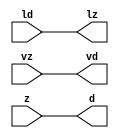
// ================================================================
// NVDLA Open Source Project
//
// Copyright(c) 2016 - 2017 NVIDIA Corporation. Licensed under the
// NVDLA Open Hardware License; Check "LICENSE" which comes with
// this distribution for more information.
// ================================================================
module FP17_TO_FP32_mgc_in_wire_wait_v1 (ld, vd, d, lz, vz, z);
  parameter integer rscid = 1;
  parameter integer width = 8;
  input ld;
  output vd;
  output [width-1:0] d;
  output lz;
  input vz;
  input [width-1:0] z;
  wire vd;
  wire [width-1:0] d;
  wire lz;
  assign d = z;
  assign lz = ld;
  assign vd = vz;
endmodule
//------> /home/tools/calypto/catapult-10.0-264918/Mgc_home/pkgs/siflibs/FP17_TO_FP32_mgc_out_stdreg_wait_v1.v
//------------------------------------------------------------------------------
// Catapult Synthesis - Sample I/O Port Library
//
// Copyright (c) 2003-2015 Mentor Graphics Corp.
// All Rights Reserved
//
// This document may be used and distributed without restriction provided that
// this copyright statement is not removed from the file and that any derivative
// work contains this copyright notice.
//
// The design information contained in this file is intended to be an example
// of the functionality which the end user may study in preparation for creating
// their own custom interfaces. This design does not necessarily present a
// complete implementation of the named protocol or standard.
//
//------------------------------------------------------------------------------
module FP17_TO_FP32_mgc_out_stdreg_wait_v1 (ld, vd, d, lz, vz, z);
  parameter integer rscid = 1;
  parameter integer width = 8;
  input ld;
  output vd;
  input [width-1:0] d;
  output lz;
  input vz;
  output [width-1:0] z;
  wire vd;
  wire lz;
  wire [width-1:0] z;
  assign z = d;
  assign lz = ld;
  assign vd = vz;
endmodule
//------> ./rtl.v
// ----------------------------------------------------------------------
// HLS HDL: Verilog Netlister
// HLS Version: 10.0/264918 Production Release
// HLS Date: Mon Aug 8 13:35:54 PDT 2016
//
// Generated by: ezhang@hk-sim-10-084
// Generated date: Mon Mar 20 14:09:21 2017
// ----------------------------------------------------------------------
//
// ------------------------------------------------------------------
// Design Unit: FP17_TO_FP32_chn_o_rsci_unreg
// ------------------------------------------------------------------
module FP17_TO_FP32_chn_o_rsci_unreg (
  in_0, outsig
);
  input in_0;
  output outsig;
// Interconnect Declarations for Component Instantiations
  assign outsig = in_0;
endmodule
// ------------------------------------------------------------------
// Design Unit: FP17_TO_FP32_chn_a_rsci_unreg
// ------------------------------------------------------------------
module FP17_TO_FP32_chn_a_rsci_unreg (
  in_0, outsig
);
  input in_0;
  output outsig;
// Interconnect Declarations for Component Instantiations
  assign outsig = in_0;
endmodule
// ------------------------------------------------------------------
// Design Unit: HLS_fp17_to_fp32_core_core_fsm
// FSM Module
// ------------------------------------------------------------------
module HLS_fp17_to_fp32_core_core_fsm (
  nvdla_core_clk, nvdla_core_rstn, core_wen, fsm_output
);
  input nvdla_core_clk;
  input nvdla_core_rstn;
  input core_wen;
  output [1:0] fsm_output;
  reg [1:0] fsm_output;
// FSM State Type Declaration for HLS_fp17_to_fp32_core_core_fsm_1
  parameter
    core_rlp_C_0 = 1'd0,
    main_C_0 = 1'd1;
  reg [0:0] state_var;
  reg [0:0] state_var_NS;
// Interconnect Declarations for Component Instantiations
  always @(*)
  begin : HLS_fp17_to_fp32_core_core_fsm_1
    case (state_var)
      main_C_0 : begin
        fsm_output = 2'b10;
        state_var_NS = main_C_0;
      end
// core_rlp_C_0
      default : begin
        fsm_output = 2'b1;
        state_var_NS = main_C_0;
      end
    endcase
  end
  always @(posedge nvdla_core_clk or negedge nvdla_core_rstn) begin
    if ( ~ nvdla_core_rstn ) begin
      state_var <= core_rlp_C_0;
    end
    else if ( core_wen ) begin
      state_var <= state_var_NS;
    end
  end
endmodule
// ------------------------------------------------------------------
// Design Unit: HLS_fp17_to_fp32_core_staller
// ------------------------------------------------------------------
module HLS_fp17_to_fp32_core_staller (
  nvdla_core_clk, nvdla_core_rstn, core_wen, chn_a_rsci_wen_comp, core_wten, chn_o_rsci_wen_comp
);
  input nvdla_core_clk;
  input nvdla_core_rstn;
  output core_wen;
  input chn_a_rsci_wen_comp;
  output core_wten;
  reg core_wten;
  input chn_o_rsci_wen_comp;
// Interconnect Declarations for Component Instantiations
  assign core_wen = chn_a_rsci_wen_comp & chn_o_rsci_wen_comp;
  always @(posedge nvdla_core_clk or negedge nvdla_core_rstn) begin
    if ( ~ nvdla_core_rstn ) begin
      core_wten <= 1'b0;
    end
    else begin
      core_wten <= ~ core_wen;
    end
  end
endmodule
// ------------------------------------------------------------------
// Design Unit: HLS_fp17_to_fp32_core_chn_o_rsci_chn_o_wait_dp
// ------------------------------------------------------------------
module HLS_fp17_to_fp32_core_chn_o_rsci_chn_o_wait_dp (
  nvdla_core_clk, nvdla_core_rstn, chn_o_rsci_oswt, chn_o_rsci_bawt, chn_o_rsci_wen_comp,
      chn_o_rsci_biwt, chn_o_rsci_bdwt
);
  input nvdla_core_clk;
  input nvdla_core_rstn;
  input chn_o_rsci_oswt;
  output chn_o_rsci_bawt;
  output chn_o_rsci_wen_comp;
  input chn_o_rsci_biwt;
  input chn_o_rsci_bdwt;
// Interconnect Declarations
  reg chn_o_rsci_bcwt;
// Interconnect Declarations for Component Instantiations
  assign chn_o_rsci_bawt = chn_o_rsci_biwt | chn_o_rsci_bcwt;
  assign chn_o_rsci_wen_comp = (~ chn_o_rsci_oswt) | chn_o_rsci_bawt;
  always @(posedge nvdla_core_clk or negedge nvdla_core_rstn) begin
    if ( ~ nvdla_core_rstn ) begin
      chn_o_rsci_bcwt <= 1'b0;
    end
    else begin
      chn_o_rsci_bcwt <= ~((~(chn_o_rsci_bcwt | chn_o_rsci_biwt)) | chn_o_rsci_bdwt);
    end
  end
endmodule
// ------------------------------------------------------------------
// Design Unit: HLS_fp17_to_fp32_core_chn_o_rsci_chn_o_wait_ctrl
// ------------------------------------------------------------------
module HLS_fp17_to_fp32_core_chn_o_rsci_chn_o_wait_ctrl (
  nvdla_core_clk, nvdla_core_rstn, chn_o_rsci_oswt, core_wen, core_wten, chn_o_rsci_iswt0,
      chn_o_rsci_ld_core_psct, chn_o_rsci_biwt, chn_o_rsci_bdwt, chn_o_rsci_ld_core_sct,
      chn_o_rsci_vd
);
  input nvdla_core_clk;
  input nvdla_core_rstn;
  input chn_o_rsci_oswt;
  input core_wen;
  input core_wten;
  input chn_o_rsci_iswt0;
  input chn_o_rsci_ld_core_psct;
  output chn_o_rsci_biwt;
  output chn_o_rsci_bdwt;
  output chn_o_rsci_ld_core_sct;
  input chn_o_rsci_vd;
// Interconnect Declarations
  wire chn_o_rsci_ogwt;
  wire chn_o_rsci_pdswt0;
  reg chn_o_rsci_icwt;
// Interconnect Declarations for Component Instantiations
  assign chn_o_rsci_pdswt0 = (~ core_wten) & chn_o_rsci_iswt0;
  assign chn_o_rsci_biwt = chn_o_rsci_ogwt & chn_o_rsci_vd;
  assign chn_o_rsci_ogwt = chn_o_rsci_pdswt0 | chn_o_rsci_icwt;
  assign chn_o_rsci_bdwt = chn_o_rsci_oswt & core_wen;
  assign chn_o_rsci_ld_core_sct = chn_o_rsci_ld_core_psct & chn_o_rsci_ogwt;
  always @(posedge nvdla_core_clk or negedge nvdla_core_rstn) begin
    if ( ~ nvdla_core_rstn ) begin
      chn_o_rsci_icwt <= 1'b0;
    end
    else begin
      chn_o_rsci_icwt <= ~((~(chn_o_rsci_icwt | chn_o_rsci_pdswt0)) | chn_o_rsci_biwt);
    end
  end
endmodule
// ------------------------------------------------------------------
// Design Unit: HLS_fp17_to_fp32_core_chn_a_rsci_chn_a_wait_dp
// ------------------------------------------------------------------
module HLS_fp17_to_fp32_core_chn_a_rsci_chn_a_wait_dp (
  nvdla_core_clk, nvdla_core_rstn, chn_a_rsci_oswt, chn_a_rsci_bawt, chn_a_rsci_wen_comp,
      chn_a_rsci_d_mxwt, chn_a_rsci_biwt, chn_a_rsci_bdwt, chn_a_rsci_d
);
  input nvdla_core_clk;
  input nvdla_core_rstn;
  input chn_a_rsci_oswt;
  output chn_a_rsci_bawt;
  output chn_a_rsci_wen_comp;
  output [16:0] chn_a_rsci_d_mxwt;
  input chn_a_rsci_biwt;
  input chn_a_rsci_bdwt;
  input [16:0] chn_a_rsci_d;
// Interconnect Declarations
  reg chn_a_rsci_bcwt;
  reg [16:0] chn_a_rsci_d_bfwt;
// Interconnect Declarations for Component Instantiations
  assign chn_a_rsci_bawt = chn_a_rsci_biwt | chn_a_rsci_bcwt;
  assign chn_a_rsci_wen_comp = (~ chn_a_rsci_oswt) | chn_a_rsci_bawt;
  assign chn_a_rsci_d_mxwt = MUX_v_17_2_2(chn_a_rsci_d, chn_a_rsci_d_bfwt, chn_a_rsci_bcwt);
  always @(posedge nvdla_core_clk or negedge nvdla_core_rstn) begin
    if ( ~ nvdla_core_rstn ) begin
      chn_a_rsci_bcwt <= 1'b0;
      chn_a_rsci_d_bfwt <= 17'b0;
    end
    else begin
      chn_a_rsci_bcwt <= ~((~(chn_a_rsci_bcwt | chn_a_rsci_biwt)) | chn_a_rsci_bdwt);
      chn_a_rsci_d_bfwt <= chn_a_rsci_d_mxwt;
    end
  end
  function [16:0] MUX_v_17_2_2;
    input [16:0] input_0;
    input [16:0] input_1;
    input [0:0] sel;
    reg [16:0] result;
  begin
    case (sel)
      1'b0 : begin
        result = input_0;
      end
      default : begin
        result = input_1;
      end
    endcase
    MUX_v_17_2_2 = result;
  end
  endfunction
endmodule
// ------------------------------------------------------------------
// Design Unit: HLS_fp17_to_fp32_core_chn_a_rsci_chn_a_wait_ctrl
// ------------------------------------------------------------------
module HLS_fp17_to_fp32_core_chn_a_rsci_chn_a_wait_ctrl (
  nvdla_core_clk, nvdla_core_rstn, chn_a_rsci_oswt, core_wen, chn_a_rsci_iswt0, chn_a_rsci_ld_core_psct,
      core_wten, chn_a_rsci_biwt, chn_a_rsci_bdwt, chn_a_rsci_ld_core_sct, chn_a_rsci_vd
);
  input nvdla_core_clk;
  input nvdla_core_rstn;
  input chn_a_rsci_oswt;
  input core_wen;
  input chn_a_rsci_iswt0;
  input chn_a_rsci_ld_core_psct;
  input core_wten;
  output chn_a_rsci_biwt;
  output chn_a_rsci_bdwt;
  output chn_a_rsci_ld_core_sct;
  input chn_a_rsci_vd;
// Interconnect Declarations
  wire chn_a_rsci_ogwt;
  wire chn_a_rsci_pdswt0;
  reg chn_a_rsci_icwt;
// Interconnect Declarations for Component Instantiations
  assign chn_a_rsci_pdswt0 = (~ core_wten) & chn_a_rsci_iswt0;
  assign chn_a_rsci_biwt = chn_a_rsci_ogwt & chn_a_rsci_vd;
  assign chn_a_rsci_ogwt = chn_a_rsci_pdswt0 | chn_a_rsci_icwt;
  assign chn_a_rsci_bdwt = chn_a_rsci_oswt & core_wen;
  assign chn_a_rsci_ld_core_sct = chn_a_rsci_ld_core_psct & chn_a_rsci_ogwt;
  always @(posedge nvdla_core_clk or negedge nvdla_core_rstn) begin
    if ( ~ nvdla_core_rstn ) begin
      chn_a_rsci_icwt <= 1'b0;
    end
    else begin
      chn_a_rsci_icwt <= ~((~(chn_a_rsci_icwt | chn_a_rsci_pdswt0)) | chn_a_rsci_biwt);
    end
  end
endmodule
// ------------------------------------------------------------------
// Design Unit: HLS_fp17_to_fp32_core_chn_o_rsci
// ------------------------------------------------------------------
module HLS_fp17_to_fp32_core_chn_o_rsci (
  nvdla_core_clk, nvdla_core_rstn, chn_o_rsc_z, chn_o_rsc_vz, chn_o_rsc_lz, chn_o_rsci_oswt,
      core_wen, core_wten, chn_o_rsci_iswt0, chn_o_rsci_bawt, chn_o_rsci_wen_comp,
      chn_o_rsci_ld_core_psct, chn_o_rsci_d
);
  input nvdla_core_clk;
  input nvdla_core_rstn;
  output [31:0] chn_o_rsc_z;
  input chn_o_rsc_vz;
  output chn_o_rsc_lz;
  input chn_o_rsci_oswt;
  input core_wen;
  input core_wten;
  input chn_o_rsci_iswt0;
  output chn_o_rsci_bawt;
  output chn_o_rsci_wen_comp;
  input chn_o_rsci_ld_core_psct;
  input [31:0] chn_o_rsci_d;
// Interconnect Declarations
  wire chn_o_rsci_biwt;
  wire chn_o_rsci_bdwt;
  wire chn_o_rsci_ld_core_sct;
  wire chn_o_rsci_vd;
// Interconnect Declarations for Component Instantiations
  FP17_TO_FP32_mgc_out_stdreg_wait_v1 #(.rscid(32'sd2),
  .width(32'sd32)) chn_o_rsci (
      .ld(chn_o_rsci_ld_core_sct),
      .vd(chn_o_rsci_vd),
      .d(chn_o_rsci_d),
      .lz(chn_o_rsc_lz),
      .vz(chn_o_rsc_vz),
      .z(chn_o_rsc_z)
    );
  HLS_fp17_to_fp32_core_chn_o_rsci_chn_o_wait_ctrl HLS_fp17_to_fp32_core_chn_o_rsci_chn_o_wait_ctrl_inst
      (
      .nvdla_core_clk(nvdla_core_clk),
      .nvdla_core_rstn(nvdla_core_rstn),
      .chn_o_rsci_oswt(chn_o_rsci_oswt),
      .core_wen(core_wen),
      .core_wten(core_wten),
      .chn_o_rsci_iswt0(chn_o_rsci_iswt0),
      .chn_o_rsci_ld_core_psct(chn_o_rsci_ld_core_psct),
      .chn_o_rsci_biwt(chn_o_rsci_biwt),
      .chn_o_rsci_bdwt(chn_o_rsci_bdwt),
      .chn_o_rsci_ld_core_sct(chn_o_rsci_ld_core_sct),
      .chn_o_rsci_vd(chn_o_rsci_vd)
    );
  HLS_fp17_to_fp32_core_chn_o_rsci_chn_o_wait_dp HLS_fp17_to_fp32_core_chn_o_rsci_chn_o_wait_dp_inst
      (
      .nvdla_core_clk(nvdla_core_clk),
      .nvdla_core_rstn(nvdla_core_rstn),
      .chn_o_rsci_oswt(chn_o_rsci_oswt),
      .chn_o_rsci_bawt(chn_o_rsci_bawt),
      .chn_o_rsci_wen_comp(chn_o_rsci_wen_comp),
      .chn_o_rsci_biwt(chn_o_rsci_biwt),
      .chn_o_rsci_bdwt(chn_o_rsci_bdwt)
    );
endmodule
// ------------------------------------------------------------------
// Design Unit: HLS_fp17_to_fp32_core_chn_a_rsci
// ------------------------------------------------------------------
module HLS_fp17_to_fp32_core_chn_a_rsci (
  nvdla_core_clk, nvdla_core_rstn, chn_a_rsc_z, chn_a_rsc_vz, chn_a_rsc_lz, chn_a_rsci_oswt,
      core_wen, chn_a_rsci_iswt0, chn_a_rsci_bawt, chn_a_rsci_wen_comp, chn_a_rsci_ld_core_psct,
      chn_a_rsci_d_mxwt, core_wten
);
  input nvdla_core_clk;
  input nvdla_core_rstn;
  input [16:0] chn_a_rsc_z;
  input chn_a_rsc_vz;
  output chn_a_rsc_lz;
  input chn_a_rsci_oswt;
  input core_wen;
  input chn_a_rsci_iswt0;
  output chn_a_rsci_bawt;
  output chn_a_rsci_wen_comp;
  input chn_a_rsci_ld_core_psct;
  output [16:0] chn_a_rsci_d_mxwt;
  input core_wten;
// Interconnect Declarations
  wire chn_a_rsci_biwt;
  wire chn_a_rsci_bdwt;
  wire chn_a_rsci_ld_core_sct;
  wire chn_a_rsci_vd;
  wire [16:0] chn_a_rsci_d;
// Interconnect Declarations for Component Instantiations
  FP17_TO_FP32_mgc_in_wire_wait_v1 #(.rscid(32'sd1),
  .width(32'sd17)) chn_a_rsci (
      .ld(chn_a_rsci_ld_core_sct),
      .vd(chn_a_rsci_vd),
      .d(chn_a_rsci_d),
      .lz(chn_a_rsc_lz),
      .vz(chn_a_rsc_vz),
      .z(chn_a_rsc_z)
    );
  HLS_fp17_to_fp32_core_chn_a_rsci_chn_a_wait_ctrl HLS_fp17_to_fp32_core_chn_a_rsci_chn_a_wait_ctrl_inst
      (
      .nvdla_core_clk(nvdla_core_clk),
      .nvdla_core_rstn(nvdla_core_rstn),
      .chn_a_rsci_oswt(chn_a_rsci_oswt),
      .core_wen(core_wen),
      .chn_a_rsci_iswt0(chn_a_rsci_iswt0),
      .chn_a_rsci_ld_core_psct(chn_a_rsci_ld_core_psct),
      .core_wten(core_wten),
      .chn_a_rsci_biwt(chn_a_rsci_biwt),
      .chn_a_rsci_bdwt(chn_a_rsci_bdwt),
      .chn_a_rsci_ld_core_sct(chn_a_rsci_ld_core_sct),
      .chn_a_rsci_vd(chn_a_rsci_vd)
    );
  HLS_fp17_to_fp32_core_chn_a_rsci_chn_a_wait_dp HLS_fp17_to_fp32_core_chn_a_rsci_chn_a_wait_dp_inst
      (
      .nvdla_core_clk(nvdla_core_clk),
      .nvdla_core_rstn(nvdla_core_rstn),
      .chn_a_rsci_oswt(chn_a_rsci_oswt),
      .chn_a_rsci_bawt(chn_a_rsci_bawt),
      .chn_a_rsci_wen_comp(chn_a_rsci_wen_comp),
      .chn_a_rsci_d_mxwt(chn_a_rsci_d_mxwt),
      .chn_a_rsci_biwt(chn_a_rsci_biwt),
      .chn_a_rsci_bdwt(chn_a_rsci_bdwt),
      .chn_a_rsci_d(chn_a_rsci_d)
    );
endmodule
// ------------------------------------------------------------------
// Design Unit: HLS_fp17_to_fp32_core
// ------------------------------------------------------------------
module HLS_fp17_to_fp32_core (
  nvdla_core_clk, nvdla_core_rstn, chn_a_rsc_z, chn_a_rsc_vz, chn_a_rsc_lz, chn_o_rsc_z,
      chn_o_rsc_vz, chn_o_rsc_lz, chn_a_rsci_oswt, chn_a_rsci_oswt_unreg, chn_o_rsci_oswt,
      chn_o_rsci_oswt_unreg
);
  input nvdla_core_clk;
  input nvdla_core_rstn;
  input [16:0] chn_a_rsc_z;
  input chn_a_rsc_vz;
  output chn_a_rsc_lz;
  output [31:0] chn_o_rsc_z;
  input chn_o_rsc_vz;
  output chn_o_rsc_lz;
  input chn_a_rsci_oswt;
  output chn_a_rsci_oswt_unreg;
  input chn_o_rsci_oswt;
  output chn_o_rsci_oswt_unreg;
// Interconnect Declarations
  wire core_wen;
  reg chn_a_rsci_iswt0;
  wire chn_a_rsci_bawt;
  wire chn_a_rsci_wen_comp;
  reg chn_a_rsci_ld_core_psct;
  wire [16:0] chn_a_rsci_d_mxwt;
  wire core_wten;
  wire chn_o_rsci_bawt;
  wire chn_o_rsci_wen_comp;
  reg chn_o_rsci_d_31;
  reg [2:0] chn_o_rsci_d_30_28;
  reg [4:0] chn_o_rsci_d_27_23;
  reg [9:0] chn_o_rsci_d_22_13;
  reg [9:0] chn_o_rsci_d_9_0;
  reg chn_o_rsci_d_10;
  wire [1:0] fsm_output;
  wire IsNaN_6U_23U_nor_tmp;
  wire and_dcpl_2;
  wire or_dcpl_3;
  wire and_dcpl_7;
  wire and_dcpl_11;
  wire or_dcpl_9;
  wire and_dcpl_25;
  wire or_tmp_18;
  wire and_46_cse;
  wire and_48_cse;
  wire and_4_mdf;
  wire IsNaN_6U_23U_IsNaN_6U_23U_nand_cse;
  wire [9:0] FpMantWidthInc_6U_10U_23U_0U_1U_o_mant_22_13_lpi_1_dfm;
  wire [9:0] FpMantWidthInc_6U_10U_23U_0U_1U_o_mant_9_0_lpi_1_dfm;
  wire chn_o_and_4_cse;
  reg reg_chn_o_rsci_iswt0_cse;
  reg reg_chn_o_rsci_ld_core_psct_cse;
  wire or_cse;
  wire chn_o_rsci_d_9_0_mx0c1;
  wire IsInf_6U_23U_land_lpi_1_dfm_mx1w0;
  wire HLS_fp17_to_fp32_core_nvdla_float_h_ln477_assert_iExpoWidth_le_oExpoWidth_sig_mx0;
  wire chn_a_rsci_ld_core_psct_mx0c0;
  wire IsNaN_6U_23U_land_lpi_1_dfm;
  wire[0:0] iExpoWidth_oExpoWidth_prb;
  wire[0:0] iMantWidth_oMantWidth_prb;
  wire[0:0] iMantWidth_oMantWidth_prb_1;
  wire[0:0] iExpoWidth_oExpoWidth_prb_1;
  wire[0:0] nand_11_nl;
  wire[0:0] nand_10_nl;
  wire[4:0] FpExpoWidthInc_6U_8U_23U_0U_1U_mux_5_nl;
  wire[2:0] FpExpoWidthInc_6U_8U_23U_0U_1U_FpExpoWidthInc_6U_8U_23U_0U_1U_and_nl;
  wire[2:0] FpExpoWidthInc_6U_8U_23U_0U_1U_else_acc_nl;
  wire[3:0] nl_FpExpoWidthInc_6U_8U_23U_0U_1U_else_acc_nl;
  wire[0:0] IsZero_6U_23U_aelse_IsZero_6U_23U_or_nl;
  wire[0:0] and_6_nl;
  wire[0:0] IsNaN_6U_23U_aelse_not_2_nl;
// Interconnect Declarations for Component Instantiations
  wire [31:0] nl_HLS_fp17_to_fp32_core_chn_o_rsci_inst_chn_o_rsci_d;
  assign nl_HLS_fp17_to_fp32_core_chn_o_rsci_inst_chn_o_rsci_d = {chn_o_rsci_d_31
      , chn_o_rsci_d_30_28 , chn_o_rsci_d_27_23 , chn_o_rsci_d_22_13 , ({{2{chn_o_rsci_d_10}},
      chn_o_rsci_d_10}) , chn_o_rsci_d_9_0};
  HLS_fp17_to_fp32_core_chn_a_rsci HLS_fp17_to_fp32_core_chn_a_rsci_inst (
      .nvdla_core_clk(nvdla_core_clk),
      .nvdla_core_rstn(nvdla_core_rstn),
      .chn_a_rsc_z(chn_a_rsc_z),
      .chn_a_rsc_vz(chn_a_rsc_vz),
      .chn_a_rsc_lz(chn_a_rsc_lz),
      .chn_a_rsci_oswt(chn_a_rsci_oswt),
      .core_wen(core_wen),
      .chn_a_rsci_iswt0(chn_a_rsci_iswt0),
      .chn_a_rsci_bawt(chn_a_rsci_bawt),
      .chn_a_rsci_wen_comp(chn_a_rsci_wen_comp),
      .chn_a_rsci_ld_core_psct(chn_a_rsci_ld_core_psct),
      .chn_a_rsci_d_mxwt(chn_a_rsci_d_mxwt),
      .core_wten(core_wten)
    );
  HLS_fp17_to_fp32_core_chn_o_rsci HLS_fp17_to_fp32_core_chn_o_rsci_inst (
      .nvdla_core_clk(nvdla_core_clk),
      .nvdla_core_rstn(nvdla_core_rstn),
      .chn_o_rsc_z(chn_o_rsc_z),
      .chn_o_rsc_vz(chn_o_rsc_vz),
      .chn_o_rsc_lz(chn_o_rsc_lz),
      .chn_o_rsci_oswt(chn_o_rsci_oswt),
      .core_wen(core_wen),
      .core_wten(core_wten),
      .chn_o_rsci_iswt0(reg_chn_o_rsci_iswt0_cse),
      .chn_o_rsci_bawt(chn_o_rsci_bawt),
      .chn_o_rsci_wen_comp(chn_o_rsci_wen_comp),
      .chn_o_rsci_ld_core_psct(reg_chn_o_rsci_ld_core_psct_cse),
      .chn_o_rsci_d(nl_HLS_fp17_to_fp32_core_chn_o_rsci_inst_chn_o_rsci_d[31:0])
    );
  HLS_fp17_to_fp32_core_staller HLS_fp17_to_fp32_core_staller_inst (
      .nvdla_core_clk(nvdla_core_clk),
      .nvdla_core_rstn(nvdla_core_rstn),
      .core_wen(core_wen),
      .chn_a_rsci_wen_comp(chn_a_rsci_wen_comp),
      .core_wten(core_wten),
      .chn_o_rsci_wen_comp(chn_o_rsci_wen_comp)
    );
  HLS_fp17_to_fp32_core_core_fsm HLS_fp17_to_fp32_core_core_fsm_inst (
      .nvdla_core_clk(nvdla_core_clk),
      .nvdla_core_rstn(nvdla_core_rstn),
      .core_wen(core_wen),
      .fsm_output(fsm_output)
    );
  assign iExpoWidth_oExpoWidth_prb = HLS_fp17_to_fp32_core_nvdla_float_h_ln477_assert_iExpoWidth_le_oExpoWidth_sig_mx0;
// assert(iExpoWidth <= oExpoWidth) - ../include/nvdla_float.h: line 596
// PSL HLS_fp17_to_fp32_core_nvdla_float_h_ln596_assert_iExpoWidth_le_oExpoWidth : assert { iExpoWidth_oExpoWidth_prb } @rose(nvdla_core_clk);
  assign iMantWidth_oMantWidth_prb = HLS_fp17_to_fp32_core_nvdla_float_h_ln477_assert_iExpoWidth_le_oExpoWidth_sig_mx0;
// assert(iMantWidth <= oMantWidth) - ../include/nvdla_float.h: line 597
// PSL HLS_fp17_to_fp32_core_nvdla_float_h_ln597_assert_iMantWidth_le_oMantWidth : assert { iMantWidth_oMantWidth_prb } @rose(nvdla_core_clk);
  assign iMantWidth_oMantWidth_prb_1 = HLS_fp17_to_fp32_core_nvdla_float_h_ln477_assert_iExpoWidth_le_oExpoWidth_sig_mx0;
// assert(iMantWidth <= oMantWidth) - ../include/nvdla_float.h: line 550
// PSL HLS_fp17_to_fp32_core_nvdla_float_h_ln550_assert_iMantWidth_le_oMantWidth : assert { iMantWidth_oMantWidth_prb_1 } @rose(nvdla_core_clk);
  assign iExpoWidth_oExpoWidth_prb_1 = HLS_fp17_to_fp32_core_nvdla_float_h_ln477_assert_iExpoWidth_le_oExpoWidth_sig_mx0;
// assert(iExpoWidth <= oExpoWidth) - ../include/nvdla_float.h: line 477
// PSL HLS_fp17_to_fp32_core_nvdla_float_h_ln477_assert_iExpoWidth_le_oExpoWidth : assert { iExpoWidth_oExpoWidth_prb_1 } @rose(nvdla_core_clk);
  assign chn_o_and_4_cse = core_wen & (~(or_dcpl_3 | (fsm_output[0])));
  assign and_6_nl = and_4_mdf & (fsm_output[1]);
  assign HLS_fp17_to_fp32_core_nvdla_float_h_ln477_assert_iExpoWidth_le_oExpoWidth_sig_mx0
      = MUX_s_1_2_2((MUX1HOT_s_1_1_2(1'b1, fsm_output[0])), (MUX1HOT_s_1_1_2(1'b1,
      and_6_nl)), fsm_output[1]);
  assign IsInf_6U_23U_land_lpi_1_dfm_mx1w0 = ~((FpMantWidthInc_6U_10U_23U_0U_1U_o_mant_22_13_lpi_1_dfm!=10'b0000000000)
      | (FpMantWidthInc_6U_10U_23U_0U_1U_o_mant_9_0_lpi_1_dfm!=10'b0000000000) |
      IsNaN_6U_23U_IsNaN_6U_23U_nand_cse);
  assign FpMantWidthInc_6U_10U_23U_0U_1U_o_mant_9_0_lpi_1_dfm = MUX_v_10_2_2(10'b0000000000,
      (chn_a_rsci_d_mxwt[9:0]), IsNaN_6U_23U_land_lpi_1_dfm);
  assign IsNaN_6U_23U_nor_tmp = ~((chn_a_rsci_d_mxwt[9:0]!=10'b0000000000));
  assign IsNaN_6U_23U_land_lpi_1_dfm = ~(IsNaN_6U_23U_nor_tmp | IsNaN_6U_23U_IsNaN_6U_23U_nand_cse);
  assign IsNaN_6U_23U_aelse_not_2_nl = ~ IsNaN_6U_23U_land_lpi_1_dfm;
  assign FpMantWidthInc_6U_10U_23U_0U_1U_o_mant_22_13_lpi_1_dfm = MUX_v_10_2_2(10'b0000000000,
      (chn_a_rsci_d_mxwt[9:0]), (IsNaN_6U_23U_aelse_not_2_nl));
  assign IsNaN_6U_23U_IsNaN_6U_23U_nand_cse = ~((chn_a_rsci_d_mxwt[15:10]==6'b111111));
  assign or_cse = chn_o_rsci_bawt | (~ reg_chn_o_rsci_ld_core_psct_cse);
  assign and_4_mdf = chn_a_rsci_bawt & or_cse;
  assign and_dcpl_2 = chn_o_rsci_bawt & reg_chn_o_rsci_ld_core_psct_cse;
  assign or_dcpl_3 = ~((~((~ chn_o_rsci_bawt) & reg_chn_o_rsci_ld_core_psct_cse))
      & chn_a_rsci_bawt);
  assign and_dcpl_7 = (chn_a_rsci_d_mxwt[14:13]==2'b11);
  assign and_dcpl_11 = (chn_a_rsci_d_mxwt[12:10]==3'b111);
  assign or_dcpl_9 = (chn_a_rsci_d_mxwt[15:10]!=6'b111111) | IsNaN_6U_23U_nor_tmp;
  assign and_dcpl_25 = and_dcpl_2 & (~ chn_a_rsci_bawt);
  assign and_46_cse = and_dcpl_11 & or_cse & and_dcpl_7 & (chn_a_rsci_d_mxwt[15])
      & (~ IsNaN_6U_23U_nor_tmp) & chn_a_rsci_bawt & (fsm_output[1]);
  assign and_48_cse = or_dcpl_9 & or_cse & chn_a_rsci_bawt & (fsm_output[1]);
  assign or_tmp_18 = or_cse & chn_a_rsci_bawt & (fsm_output[1]);
  assign chn_a_rsci_ld_core_psct_mx0c0 = and_4_mdf | (fsm_output[0]);
  assign chn_o_rsci_d_9_0_mx0c1 = and_48_cse | (or_dcpl_9 & and_dcpl_2 & chn_a_rsci_bawt);
  assign chn_a_rsci_oswt_unreg = or_tmp_18;
  assign chn_o_rsci_oswt_unreg = and_dcpl_2;
  always @(posedge nvdla_core_clk or negedge nvdla_core_rstn) begin
    if ( ~ nvdla_core_rstn ) begin
      chn_a_rsci_iswt0 <= 1'b0;
      reg_chn_o_rsci_iswt0_cse <= 1'b0;
    end
    else if ( core_wen ) begin
      chn_a_rsci_iswt0 <= ~((~ and_4_mdf) & (fsm_output[1]));
      reg_chn_o_rsci_iswt0_cse <= or_tmp_18;
    end
  end
  always @(posedge nvdla_core_clk or negedge nvdla_core_rstn) begin
    if ( ~ nvdla_core_rstn ) begin
      chn_a_rsci_ld_core_psct <= 1'b0;
    end
    else if ( core_wen & chn_a_rsci_ld_core_psct_mx0c0 ) begin
      chn_a_rsci_ld_core_psct <= chn_a_rsci_ld_core_psct_mx0c0;
    end
  end
  always @(posedge nvdla_core_clk or negedge nvdla_core_rstn) begin
    if ( ~ nvdla_core_rstn ) begin
      chn_o_rsci_d_10 <= 1'b0;
    end
    else if ( core_wen & (~ (fsm_output[0])) & (~ or_dcpl_3) ) begin
      chn_o_rsci_d_10 <= IsInf_6U_23U_land_lpi_1_dfm_mx1w0;
    end
  end
  always @(posedge nvdla_core_clk or negedge nvdla_core_rstn) begin
    if ( ~ nvdla_core_rstn ) begin
      chn_o_rsci_d_9_0 <= 10'b0;
    end
    else if ( core_wen & (and_46_cse | (and_dcpl_11 & and_dcpl_7 & (chn_a_rsci_d_mxwt[15])
        & (~ IsNaN_6U_23U_nor_tmp) & chn_o_rsci_bawt & reg_chn_o_rsci_ld_core_psct_cse
        & chn_a_rsci_bawt) | chn_o_rsci_d_9_0_mx0c1) ) begin
      chn_o_rsci_d_9_0 <= MUX_v_10_2_2(({{9{IsInf_6U_23U_land_lpi_1_dfm_mx1w0}},
          IsInf_6U_23U_land_lpi_1_dfm_mx1w0}), FpMantWidthInc_6U_10U_23U_0U_1U_o_mant_9_0_lpi_1_dfm,
          nand_11_nl);
    end
  end
  always @(posedge nvdla_core_clk or negedge nvdla_core_rstn) begin
    if ( ~ nvdla_core_rstn ) begin
      chn_o_rsci_d_22_13 <= 10'b0;
    end
    else if ( core_wen & (and_46_cse | and_48_cse) ) begin
      chn_o_rsci_d_22_13 <= MUX_v_10_2_2(({{9{IsInf_6U_23U_land_lpi_1_dfm_mx1w0}},
          IsInf_6U_23U_land_lpi_1_dfm_mx1w0}), FpMantWidthInc_6U_10U_23U_0U_1U_o_mant_22_13_lpi_1_dfm,
          nand_10_nl);
    end
  end
  always @(posedge nvdla_core_clk or negedge nvdla_core_rstn) begin
    if ( ~ nvdla_core_rstn ) begin
      chn_o_rsci_d_27_23 <= 5'b0;
    end
    else if ( core_wen & (~(or_dcpl_3 | ((~(chn_o_rsci_bawt & reg_chn_o_rsci_ld_core_psct_cse
        & chn_a_rsci_bawt)) & (fsm_output[0])))) ) begin
      chn_o_rsci_d_27_23 <= MUX_v_5_2_2((FpExpoWidthInc_6U_8U_23U_0U_1U_mux_5_nl),
          5'b11111, IsNaN_6U_23U_land_lpi_1_dfm);
    end
  end
  always @(posedge nvdla_core_clk or negedge nvdla_core_rstn) begin
    if ( ~ nvdla_core_rstn ) begin
      chn_o_rsci_d_30_28 <= 3'b0;
      chn_o_rsci_d_31 <= 1'b0;
    end
    else if ( chn_o_and_4_cse ) begin
      chn_o_rsci_d_30_28 <= (FpExpoWidthInc_6U_8U_23U_0U_1U_FpExpoWidthInc_6U_8U_23U_0U_1U_and_nl)
          | ({{2{IsInf_6U_23U_land_lpi_1_dfm_mx1w0}}, IsInf_6U_23U_land_lpi_1_dfm_mx1w0})
          | ({{2{IsNaN_6U_23U_land_lpi_1_dfm}}, IsNaN_6U_23U_land_lpi_1_dfm});
      chn_o_rsci_d_31 <= chn_a_rsci_d_mxwt[16];
    end
  end
  always @(posedge nvdla_core_clk or negedge nvdla_core_rstn) begin
    if ( ~ nvdla_core_rstn ) begin
      reg_chn_o_rsci_ld_core_psct_cse <= 1'b0;
    end
    else if ( core_wen & (or_tmp_18 | and_dcpl_25) ) begin
      reg_chn_o_rsci_ld_core_psct_cse <= ~ and_dcpl_25;
    end
  end
  assign nand_11_nl = ~(IsInf_6U_23U_land_lpi_1_dfm_mx1w0 & chn_o_rsci_d_9_0_mx0c1);
  assign nand_10_nl = ~(IsInf_6U_23U_land_lpi_1_dfm_mx1w0 & and_48_cse);
  assign FpExpoWidthInc_6U_8U_23U_0U_1U_mux_5_nl = MUX_v_5_2_2((chn_a_rsci_d_mxwt[14:10]),
      5'b11110, IsInf_6U_23U_land_lpi_1_dfm_mx1w0);
  assign nl_FpExpoWidthInc_6U_8U_23U_0U_1U_else_acc_nl = conv_u2u_2_3({1'b1 , (chn_a_rsci_d_mxwt[15])})
      + 3'b1;
  assign FpExpoWidthInc_6U_8U_23U_0U_1U_else_acc_nl = nl_FpExpoWidthInc_6U_8U_23U_0U_1U_else_acc_nl[2:0];
  assign IsZero_6U_23U_aelse_IsZero_6U_23U_or_nl = (chn_a_rsci_d_mxwt[15:0]!=16'b0000000000000000);
  assign FpExpoWidthInc_6U_8U_23U_0U_1U_FpExpoWidthInc_6U_8U_23U_0U_1U_and_nl = MUX_v_3_2_2(3'b000,
      (FpExpoWidthInc_6U_8U_23U_0U_1U_else_acc_nl), (IsZero_6U_23U_aelse_IsZero_6U_23U_or_nl));
  function [0:0] MUX1HOT_s_1_1_2;
    input [0:0] input_0;
    input [0:0] sel;
    reg [0:0] result;
  begin
    result = input_0 & {1{sel[0]}};
    MUX1HOT_s_1_1_2 = result;
  end
  endfunction
  function [0:0] MUX_s_1_2_2;
    input [0:0] input_0;
    input [0:0] input_1;
    input [0:0] sel;
    reg [0:0] result;
  begin
    case (sel)
      1'b0 : begin
        result = input_0;
      end
      default : begin
        result = input_1;
      end
    endcase
    MUX_s_1_2_2 = result;
  end
  endfunction
  function [9:0] MUX_v_10_2_2;
    input [9:0] input_0;
    input [9:0] input_1;
    input [0:0] sel;
    reg [9:0] result;
  begin
    case (sel)
      1'b0 : begin
        result = input_0;
      end
      default : begin
        result = input_1;
      end
    endcase
    MUX_v_10_2_2 = result;
  end
  endfunction
  function [2:0] MUX_v_3_2_2;
    input [2:0] input_0;
    input [2:0] input_1;
    input [0:0] sel;
    reg [2:0] result;
  begin
    case (sel)
      1'b0 : begin
        result = input_0;
      end
      default : begin
        result = input_1;
      end
    endcase
    MUX_v_3_2_2 = result;
  end
  endfunction
  function [4:0] MUX_v_5_2_2;
    input [4:0] input_0;
    input [4:0] input_1;
    input [0:0] sel;
    reg [4:0] result;
  begin
    case (sel)
      1'b0 : begin
        result = input_0;
      end
      default : begin
        result = input_1;
      end
    endcase
    MUX_v_5_2_2 = result;
  end
  endfunction
  function [2:0] conv_u2u_2_3 ;
    input [1:0] vector ;
  begin
    conv_u2u_2_3 = {1'b0, vector};
  end
  endfunction
endmodule
// ------------------------------------------------------------------
// Design Unit: HLS_fp17_to_fp32
// ------------------------------------------------------------------
module HLS_fp17_to_fp32 (
  nvdla_core_clk, nvdla_core_rstn, chn_a_rsc_z, chn_a_rsc_vz, chn_a_rsc_lz, chn_o_rsc_z,
      chn_o_rsc_vz, chn_o_rsc_lz
);
  input nvdla_core_clk;
  input nvdla_core_rstn;
  input [16:0] chn_a_rsc_z;
  input chn_a_rsc_vz;
  output chn_a_rsc_lz;
  output [31:0] chn_o_rsc_z;
  input chn_o_rsc_vz;
  output chn_o_rsc_lz;
// Interconnect Declarations
  wire chn_a_rsci_oswt;
  wire chn_a_rsci_oswt_unreg;
  wire chn_o_rsci_oswt;
  wire chn_o_rsci_oswt_unreg;
// Interconnect Declarations for Component Instantiations
  FP17_TO_FP32_chn_a_rsci_unreg chn_a_rsci_unreg_inst (
      .in_0(chn_a_rsci_oswt_unreg),
      .outsig(chn_a_rsci_oswt)
    );
  FP17_TO_FP32_chn_o_rsci_unreg chn_o_rsci_unreg_inst (
      .in_0(chn_o_rsci_oswt_unreg),
      .outsig(chn_o_rsci_oswt)
    );
  HLS_fp17_to_fp32_core HLS_fp17_to_fp32_core_inst (
      .nvdla_core_clk(nvdla_core_clk),
      .nvdla_core_rstn(nvdla_core_rstn),
      .chn_a_rsc_z(chn_a_rsc_z),
      .chn_a_rsc_vz(chn_a_rsc_vz),
      .chn_a_rsc_lz(chn_a_rsc_lz),
      .chn_o_rsc_z(chn_o_rsc_z),
      .chn_o_rsc_vz(chn_o_rsc_vz),
      .chn_o_rsc_lz(chn_o_rsc_lz),
      .chn_a_rsci_oswt(chn_a_rsci_oswt),
      .chn_a_rsci_oswt_unreg(chn_a_rsci_oswt_unreg),
      .chn_o_rsci_oswt(chn_o_rsci_oswt),
      .chn_o_rsci_oswt_unreg(chn_o_rsci_oswt_unreg)
    );
endmodule